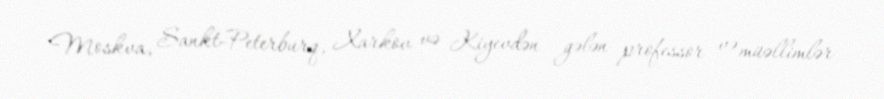
Moskva, Sankt-Peterburq, Xarkov və Kiyevdən gələn professor və müəllimlər